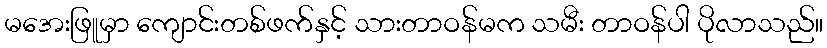
မအေးဖြူမှာ ကျောင်းတစ်ဖက်နှင့် သားတာဝန်မက သမီး တာဝန်ပါ ပိုလာသည်။